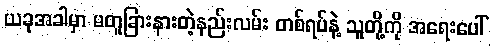
ယခုအခါမှာ မတူခြားနားတဲ့နည်းလမ်း တစ်ရပ်နဲ့ သူတို့ကို အရေးပေါ်